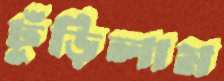
ঢুঁড়িলাম